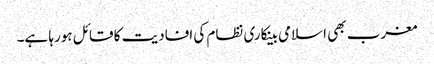
مغرب بھی اسلامی بینکاری نظام کی افادیت کا قائل ہورہا ہے۔